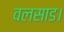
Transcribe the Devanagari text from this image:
वलसाड।